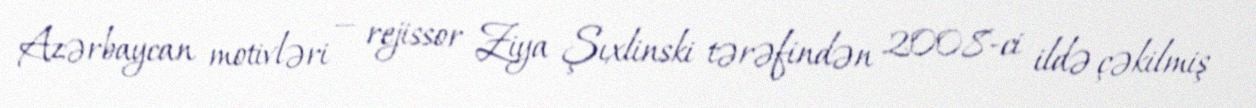
Azərbaycan motivləri — rejissor Ziya Şıxlinski tərəfindən 2008-ci ildə çəkilmiş